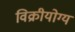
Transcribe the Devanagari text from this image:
विक्रीयोग्य